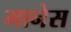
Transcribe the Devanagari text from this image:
मानेस